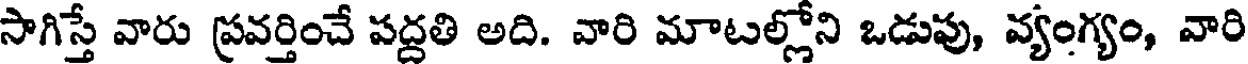
సాగిస్తే వారు ప్రవర్తించే పద్దతి అది. వారి మాటల్లోని ఒడుపు, వ్యంగ్యం, వారి